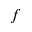
f